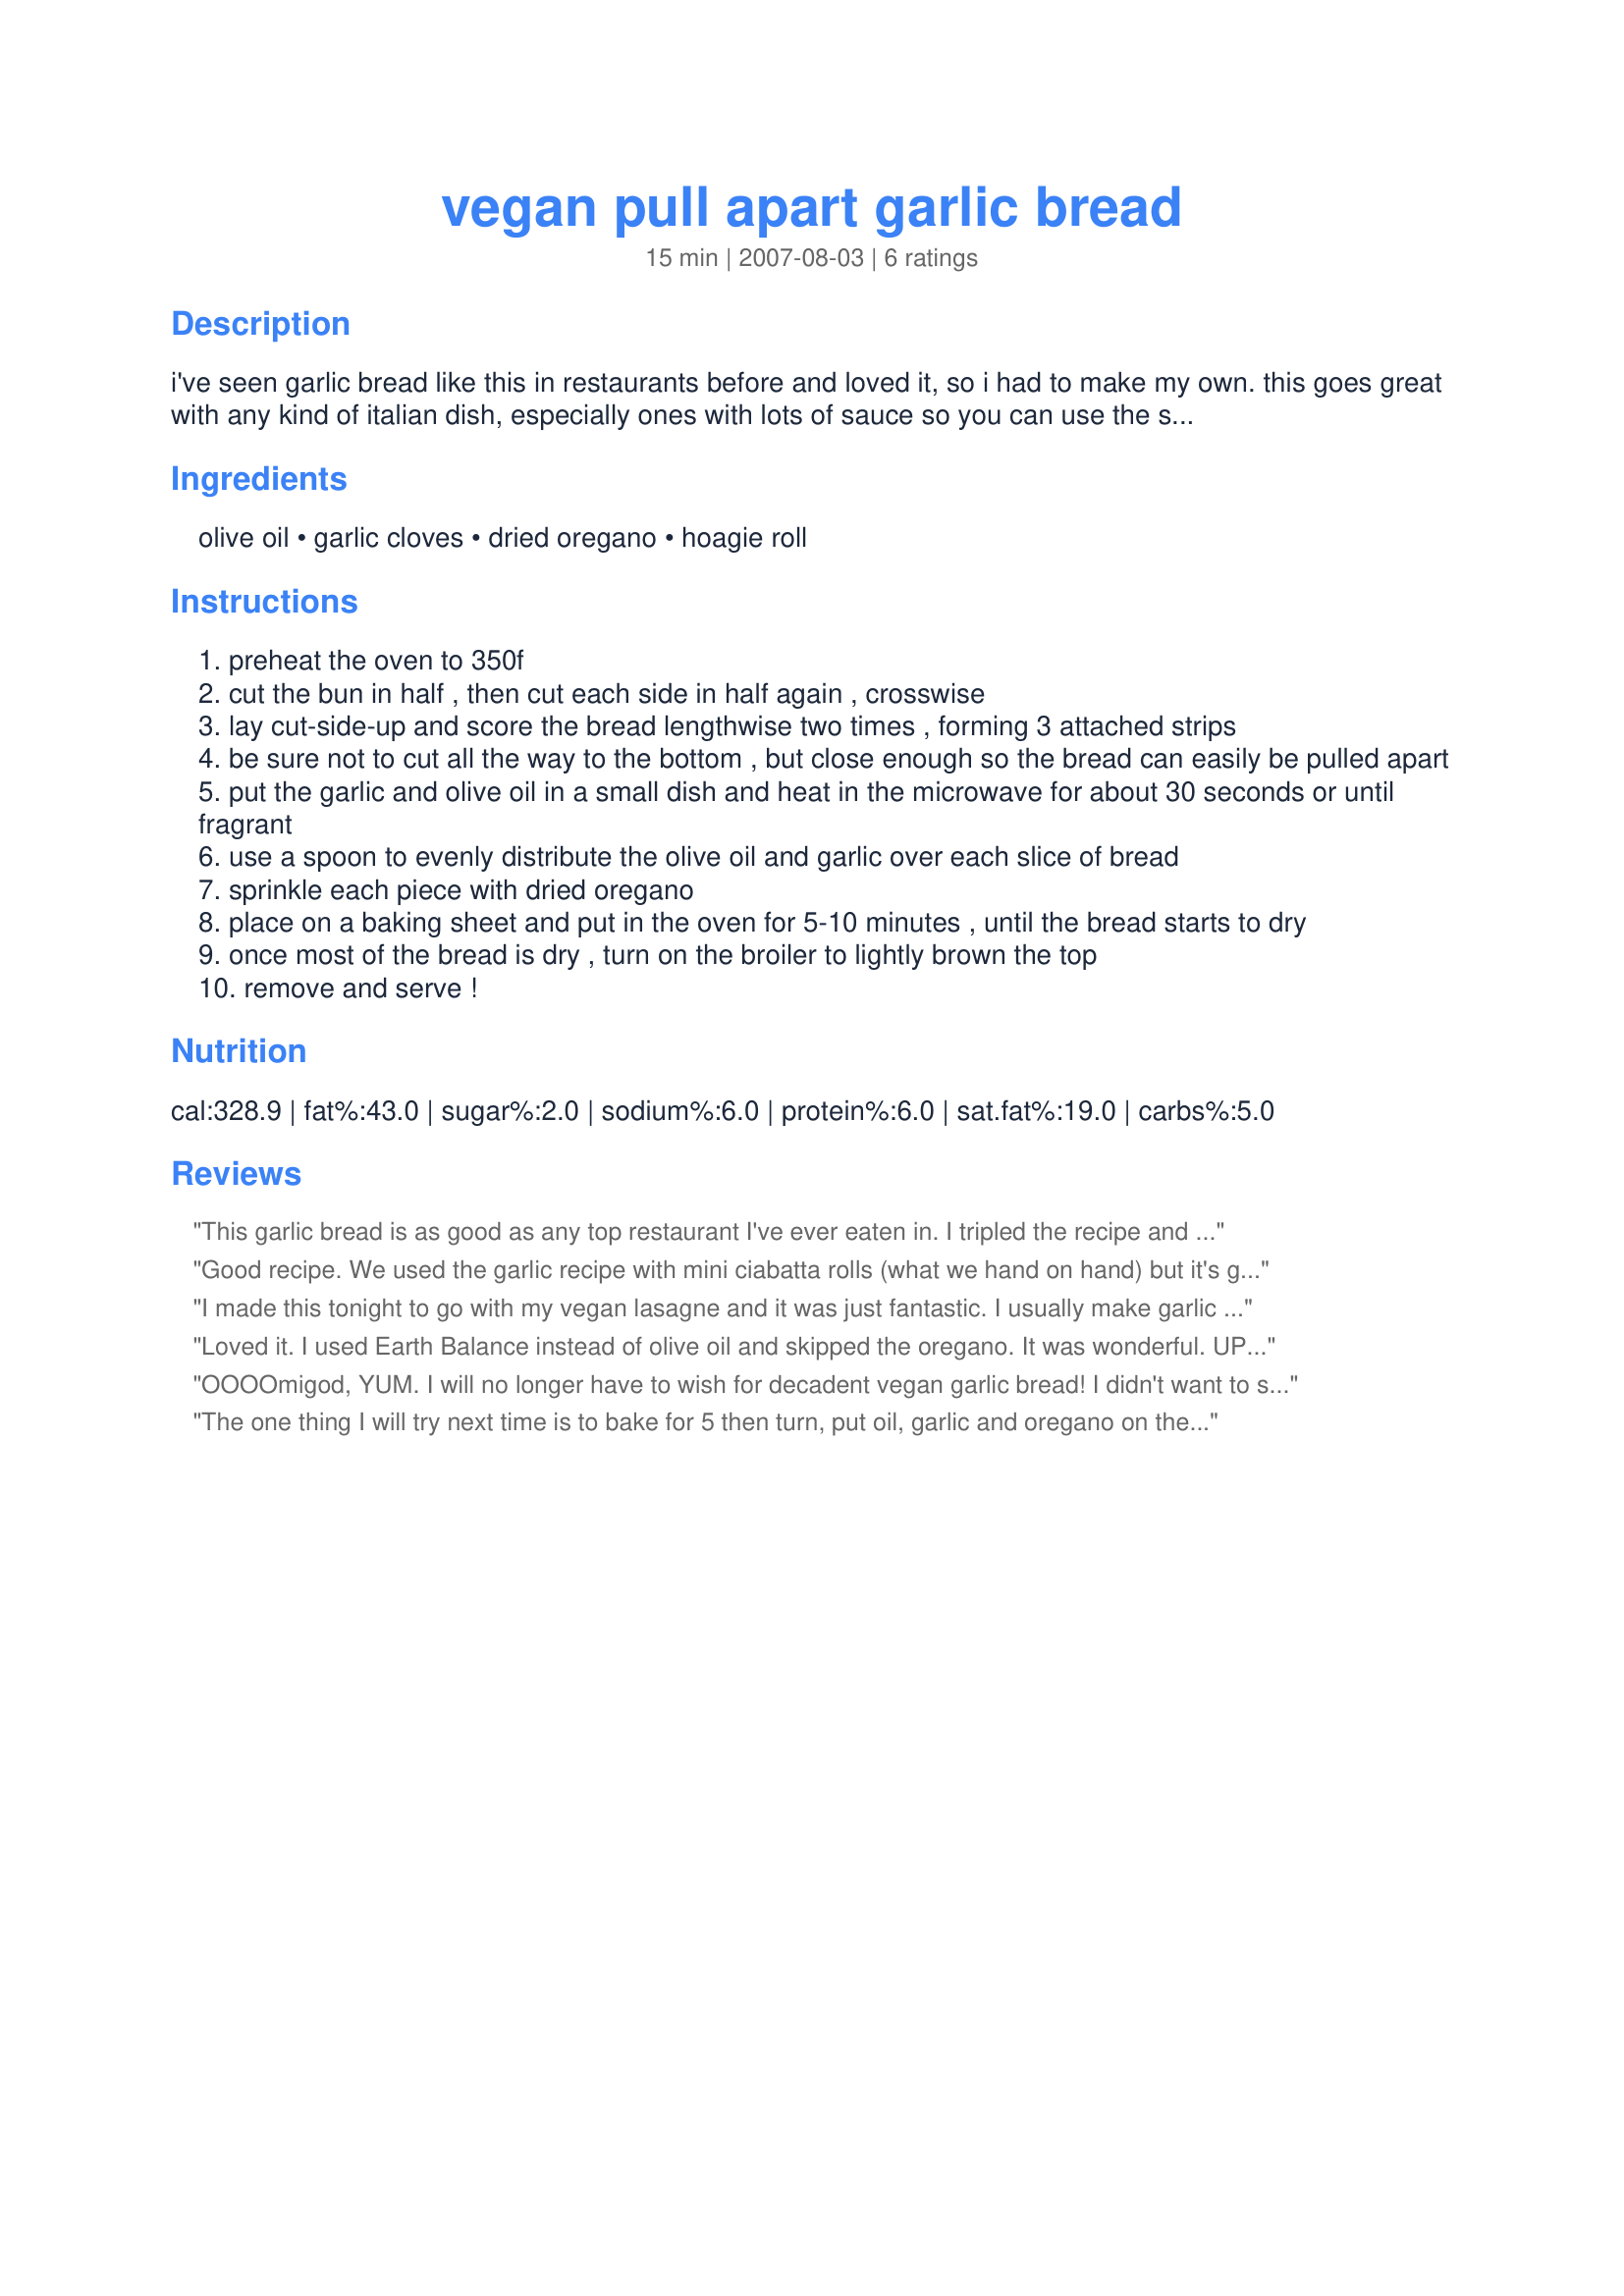
vegan pull apart garlic bread
Preparation time: 15 minutes

i've seen garlic bread like this in restaurants before and loved it, so i had to make my own. this goes great with any kind of italian dish, especially ones with lots of sauce so you can use the sticks to scoop some up.

Ingredients:
olive oil, garlic cloves, dried oregano, hoagie roll

Steps:
preheat the oven to 350f
cut the bun in half , then cut each side in half again , crosswise
lay cut-side-up and score the bread lengthwise two times , forming 3 attached strips
be sure not to cut all the way to the bottom , but close enough so the bread can easily be pulled apart
put the garlic and olive oil in a small dish and heat in the microwave for about 30 seconds or until fragrant
use a spoon to evenly distribute the olive oil and garlic over each slice of bread
sprinkle each piece with dried oregano
place on a baking sheet and put in the oven for 5-10 minutes , until the bread starts to dry
once most of the bread is dry , turn on the broiler to lightly brown the top
remove and serve !

Reviews:
This garlic bread is as good as any top restaurant I've ever eaten in. I tripled the recipe and though it calls for a great deal of olive oil and garlic, don't skimp on these. It makes the bread just DELICIOUS! This was made in conjunction with tendollarwine's black bean soup...a beautiful match made in heaven. PAC 2007.
Good recipe. We used the garlic recipe with mini ciabatta rolls (what we hand on hand) but it's great to eat garlic bread without all the butter.
I made this tonight to go with my vegan lasagne and it was just fantastic. I usually make garlic bread with vegan margarine but the heated oil really makes it delicious. Thanks for this recipe!
Loved it. I used Earth Balance instead of olive oil and skipped the oregano. It was wonderful. UPDATE: This recipe makes enough topping for about 3 or 4 hoagies, not 1. (1/4 cup on one hoagie!?! LOL).
OOOOmigod, YUM. I will no longer have to wish for decadent vegan garlic bread! I didn't want to skimp on the oil, but I applied it to the bread with a brush and found I didn't actually need as much oil (about 3 Tbsp). I used 4 kaiser rolls. Terrific dunked in your black bean soup- Thanks tendollarwine!
The one thing I will try next time is to bake for 5 then turn, put oil, garlic and oregano on then bake for 5 more.
